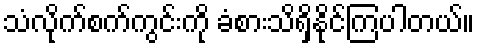
သံလိုက်စက်ကွင်းကို ခံစားသိရှိနိုင်ကြပါတယ်။